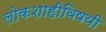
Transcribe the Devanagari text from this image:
लोकशाहीविषयी